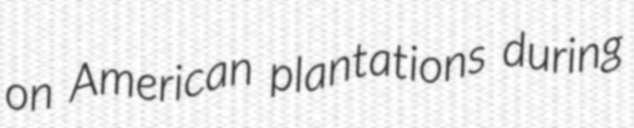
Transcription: on American plantations during